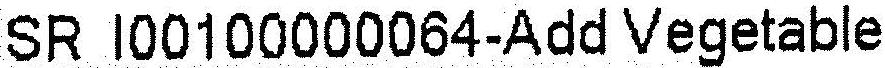
SR I00100000064-ADD VEGETABLE